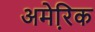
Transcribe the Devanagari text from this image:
अमेरि़क